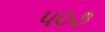
૫૦૭